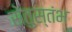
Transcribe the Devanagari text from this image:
सेतुस्तंभ